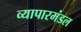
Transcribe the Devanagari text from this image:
व्यापारमंडल